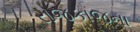
રાજકાજના